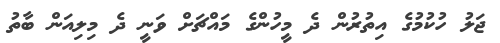
ޖަލު ހުކުމުގެ އިތުރުން ދެ މީހުންގެ މައްޗަށް ވަނީ ދެ މިލިއަން ބާތު